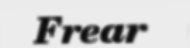
Frear